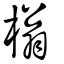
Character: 㮬